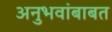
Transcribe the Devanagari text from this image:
अनुभवांबाबत